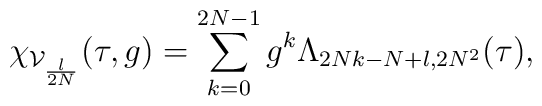
\chi_{\mathcal{V}_{\frac{l}{2N}}}(\tau,g) = \sum_{k=0}^{2N-1}   g^k \Lambda_{2Nk-N+l, 2N^2}(\tau),